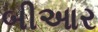
બીઆર